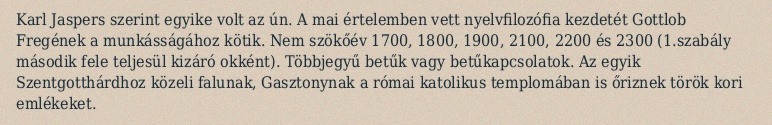
Karl Jaspers szerint egyike volt az ún. A mai értelemben vett nyelvfilozófia kezdetét Gottlob Fregének a munkásságához kötik. Nem szökőév 1700, 1800, 1900, 2100, 2200 és 2300 (1.szabály második fele teljesül kizáró okként). Többjegyű betűk vagy betűkapcsolatok. Az egyik Szentgotthárdhoz közeli falunak, Gasztonynak a római katolikus templomában is őriznek török kori emlékeket.